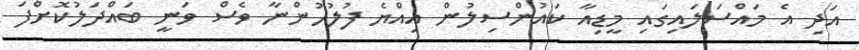
އަދި އެ މައްސަލައިގައި މީޑިއާ ކައުންސިލުން އިއްޔެ ފުލުހުންނާ ވެސް ވަނީ ބައްދަލުކޮށްފަ